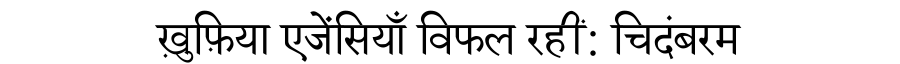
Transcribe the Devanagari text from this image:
ख़ुफ़िया एजेंसियाँ विफल रहीं: चिदंबरम